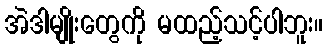
အဲဒါမျိုးတွေကို မထည့်သင့်ပါဘူး။